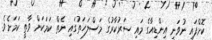
ކޮށްފައި ނުވަނީ އިންޑިއާގެ މައި ސަރުކާރުގެ މަސްލަހަތުގައި ނެތް ކަމަކަށް ވާތީ ކަމަށެވެ.